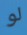
لو